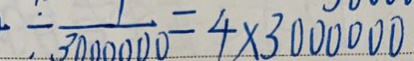
\div \frac { 1 } { 3 0 0 0 0 0 0 } = 4 \times 3 0 0 0 0 0 0